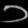
Digit: ၁